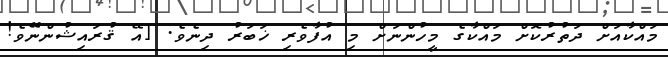
މައްކާއަށް ދަތުރުކޮށް މައްކާގެ މީހުންނަށް މި އުފާވެރި ޚަބަރު ދިނެވެ. [އޭ ޤުރައިޝުންނޭވެ!